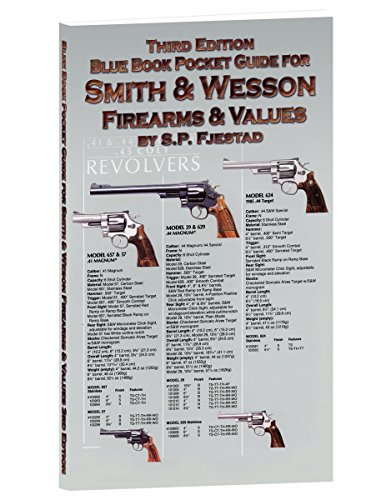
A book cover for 3rd Edition Smith & Wesson Pocket Guide; S.P. Fjestad; Reference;